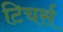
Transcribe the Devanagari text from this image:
टिचर्स